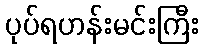
ပုပ်ရဟန်းမင်းကြီး